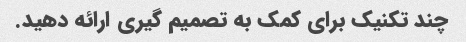
چند تکنیک برای کمک به تصمیم گیری ارائه دهید.